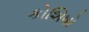
કોશિષો